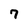
Character: 7